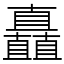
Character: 矗